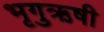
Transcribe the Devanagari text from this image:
भृगुऋषी